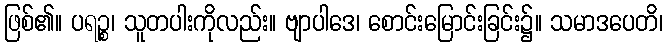
ဖြစ်၏။ ပရဉ္စ၊ သူတပါးကိုလည်း။ ဗျာပါဒေ၊ စောင်းမြောင်းခြင်း၌။ သမာဒပေတိ၊